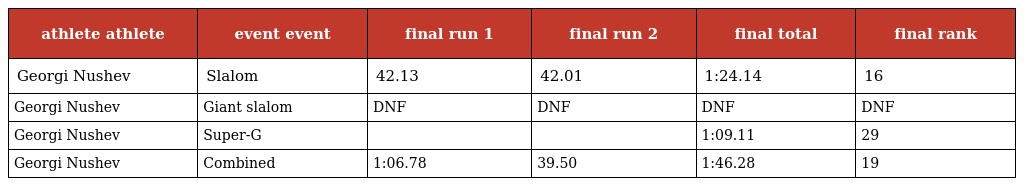
| athlete athlete | event event | final run 1 | final run 2 | final total | final rank |
 | --- | --- | --- | --- | --- | --- |
 | Georgi Nushev | Slalom | 42.13 | 42.01 | 1:24.14 | 16 |
 | Georgi Nushev | Giant slalom | DNF | DNF | DNF | DNF |
 | Georgi Nushev | Super-G |  |  | 1:09.11 | 29 |
 | Georgi Nushev | Combined | 1:06.78 | 39.50 | 1:46.28 | 19 |